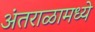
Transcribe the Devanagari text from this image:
अंतराळामध्ये